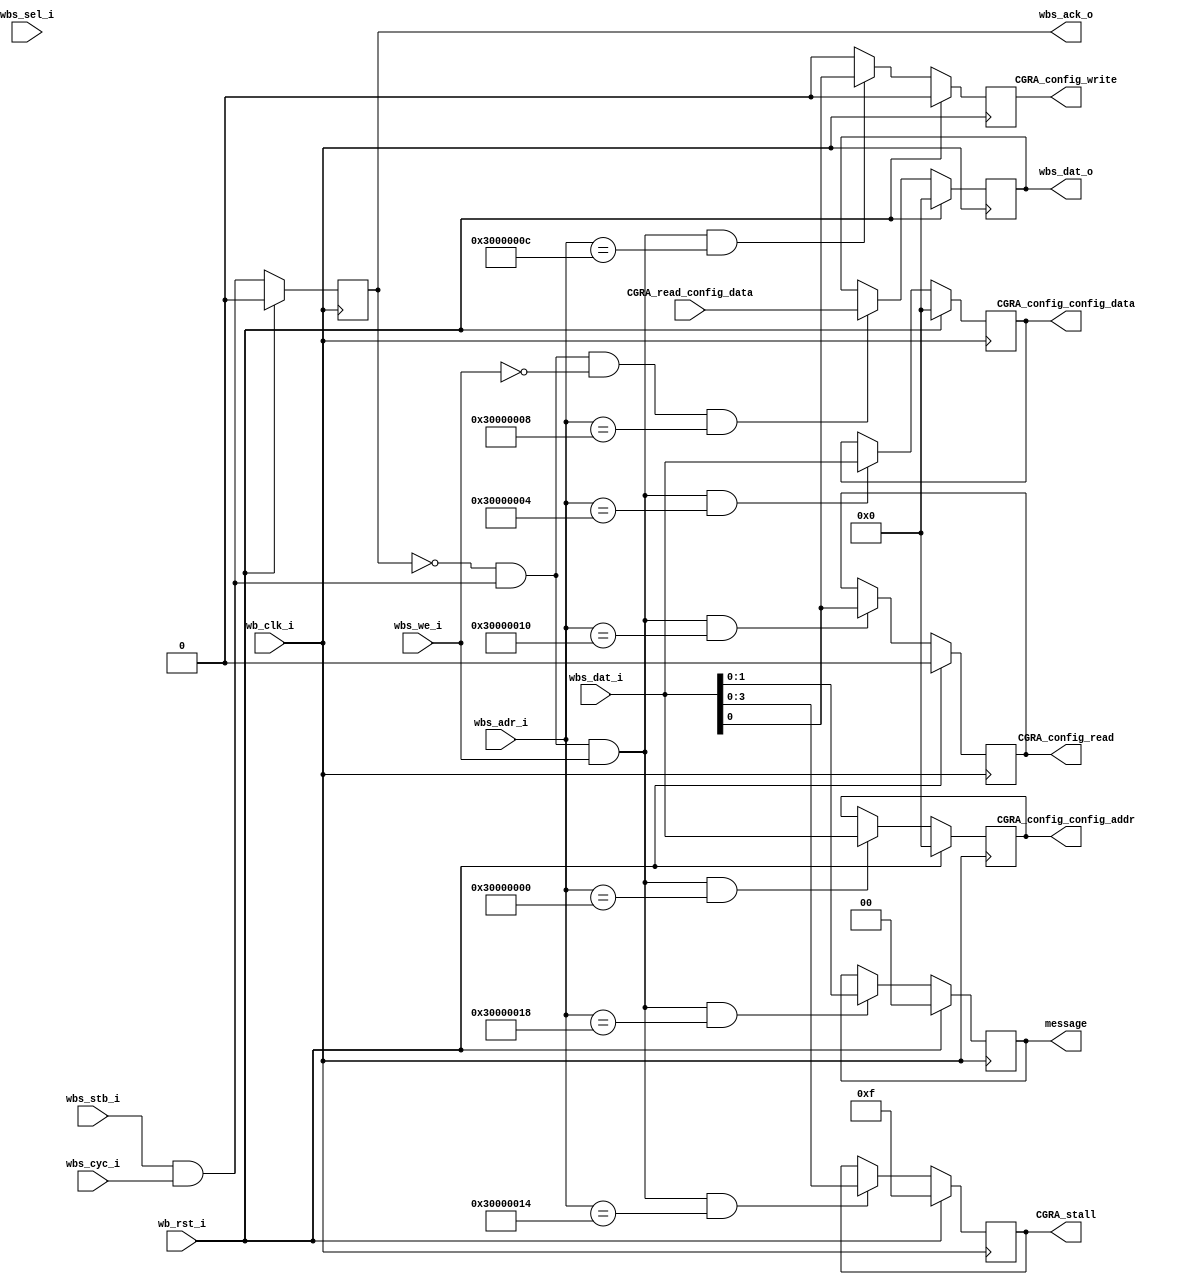
module wishbone_ctl #
(
    parameter WISHBONE_BASE_ADDR = 32'h30000000
)
(
    // wishbone input
      input        wb_clk_i
    , input        wb_rst_i
    , input        wbs_stb_i
    , input        wbs_cyc_i
    , input        wbs_we_i
    , input  [3:0] wbs_sel_i
    , input [31:0] wbs_dat_i
    , input [31:0] wbs_adr_i
    // wishbone output
    , output        wbs_ack_o
    , output [31:0] wbs_dat_o
    // input from CGRA
    , input  [31:0] CGRA_read_config_data
    // output
    , output [31:0] CGRA_config_config_addr
	, output [31:0] CGRA_config_config_data
	, output        CGRA_config_read
	, output        CGRA_config_write
    , output  [3:0] CGRA_stall
    , output  [1:0] message
);

// ==============================================================================
// Wishbone Memory Mapped Address
// ==============================================================================
    localparam WBSADDR_CFG_ADDR  = 32'h30000000;
    localparam WBSADDR_CFG_WDATA = 32'h30000004;
    localparam WBSADDR_CFG_RDATA = 32'h30000008;
    localparam WBSADDR_CFG_WRITE = 32'h3000000C;
    localparam WBSADDR_CFG_READ  = 32'h30000010;
    localparam WBSADDR_STALL     = 32'h30000014;
    localparam WBSADDR_MESSAGE   = 32'h30000018;


// ==============================================================================
// CSR
// ==============================================================================
    reg [31:0] reg_cfg_addr;
    reg [31:0] reg_cfg_wdata;
    reg [31:0] reg_cfg_rdata;
    reg        reg_cfg_write;
    reg        reg_cfg_read;
    reg  [3:0] reg_stall;
    reg  [1:0] reg_message;

// ==============================================================================
// Request, Acknowledgement
// ==============================================================================
    wire wbs_req = wbs_stb_i & wbs_cyc_i;
    wire ack_o;

    // ack
    // always@(posedge wb_clk_i) begin
    //     if (wb_rst_i) ack_o <= 1'b0;
    //     else          ack_o <= wbs_req; // assume we can always process request immediately;
    // end

    // shift reg for ack_o
    localparam SR_DEPTH = 4;
    integer i;
    reg [SR_DEPTH-1:0] ack_o_shift_reg;
    always@(posedge wb_clk_i) begin
        if (wb_rst_i) begin
            ack_o_shift_reg <= {SR_DEPTH{1'b0}};
        end
        else begin
            ack_o_shift_reg[0] <= wbs_req;
            for (i=0; i<SR_DEPTH-1; i=i+1) begin
                ack_o_shift_reg[i+1] <= ack_o_shift_reg[i];
            end
        end
    end

    assign ack_o = ack_o_shift_reg[0]; // assume we can always process request immediately;
    // assign ack_o = ack_o_shift_reg[3]; // delay N cycles for the ack, see how the wishbone behaves

// ==============================================================================
// Latching
// ==============================================================================
    wire wbs_req_write = (!ack_o) & wbs_req & (wbs_we_i );
    wire wbs_req_read  = (!ack_o) & wbs_req & (~wbs_we_i);
    // WBSADDR_CFG_ADDR
    always@(posedge wb_clk_i)
        if (wb_rst_i)
            reg_cfg_addr <= 32'd0;
        else if (wbs_req_write && wbs_adr_i==WBSADDR_CFG_ADDR)
            reg_cfg_addr <= wbs_dat_i;
    // WBSADDR_CFG_WDATA
    always@(posedge wb_clk_i)
        if (wb_rst_i)
            reg_cfg_wdata <= 32'd0;
        else if (wbs_req_write && wbs_adr_i==WBSADDR_CFG_WDATA)
            reg_cfg_wdata <= wbs_dat_i;
    // WBSADDR_CFG_RDATA
    always@(posedge wb_clk_i)
        if (wb_rst_i)
            reg_cfg_rdata <= 32'd0;
        else if (wbs_req_read && wbs_adr_i==WBSADDR_CFG_RDATA)
            reg_cfg_rdata <= CGRA_read_config_data;
    // WBSADDR_CFG_WRITE
    always@(posedge wb_clk_i)
        if (wb_rst_i)
            reg_cfg_write <= 1'b0;
        else if (wbs_req_write && wbs_adr_i==WBSADDR_CFG_WRITE)
            reg_cfg_write <= wbs_dat_i[0];
        else
            reg_cfg_write <= 1'b0; // 1-pulse
    // WBSADDR_CFG_READ
    always@(posedge wb_clk_i)
        if (wb_rst_i)
            reg_cfg_read <= 1'b0;
        else if (wbs_req_write && wbs_adr_i==WBSADDR_CFG_READ)
            reg_cfg_read <= wbs_dat_i[0];
        //else
        //    reg_cfg_read <= 1'b0; // multicycle path, cannot be a pulse, need to stay
    // WBSADDR_STALL
    always@(posedge wb_clk_i)
        if (wb_rst_i)
            reg_stall <= 4'b1111;
        else if (wbs_req_write && wbs_adr_i==WBSADDR_STALL)
            reg_stall <= wbs_dat_i[3:0];
    // WBSADDR_MESSAGE
    always@(posedge wb_clk_i)
        if (wb_rst_i)
            reg_message <= 2'b00;
        else if (wbs_req_write && wbs_adr_i==WBSADDR_MESSAGE)
            reg_message <= wbs_dat_i[1:0];
// ==============================================================================
// Outputs
// ==============================================================================
assign wbs_ack_o               = ack_o;
assign wbs_dat_o               = reg_cfg_rdata;
assign CGRA_config_config_addr = reg_cfg_addr;
assign CGRA_config_config_data = reg_cfg_wdata;
assign CGRA_config_write       = reg_cfg_write;
assign CGRA_config_read        = reg_cfg_read;
assign CGRA_stall              = reg_stall;
assign message                 = reg_message;

endmodule